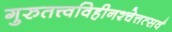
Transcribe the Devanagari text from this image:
गुरुतत्त्वविहीनश्चेत्तत्सर्वं